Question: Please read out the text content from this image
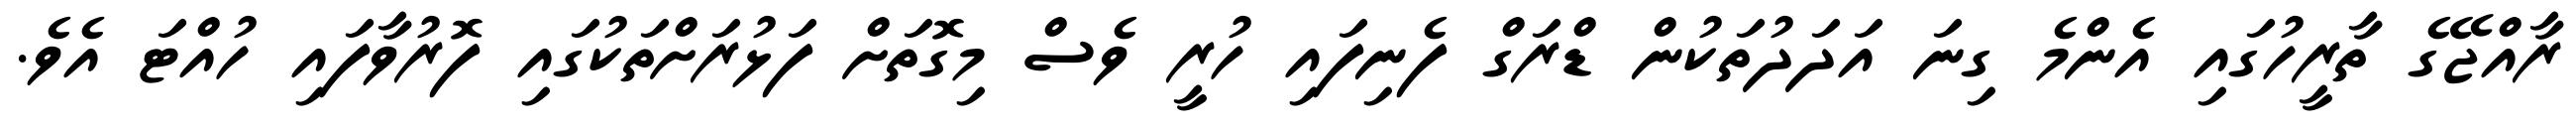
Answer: ރާއްޖޭގެ ތާރީހުގައި އެންމެ ގިނަ އަދަދުތަކުން ޑްރަގް ފެނިފައި ހުރީ ވެސް މިގޮތަށް ފަޅުރަށްތަކުގައި ފޮރުވާފައި ހުއްޓަ އެވެ.